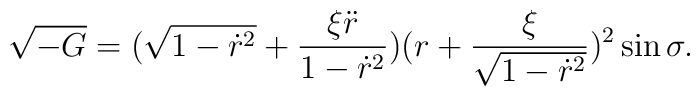
\sqrt{-G}=(\sqrt{1-\dot{r}^2}+\frac{\xi\ddot{r}}{1-\dot{r}^2})(r+\frac{\xi}{\sqrt{1-\dot{r}^2}})^2\sin\sigma.